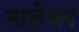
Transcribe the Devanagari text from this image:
मालेबन